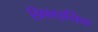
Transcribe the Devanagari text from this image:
डिफाइनिंग